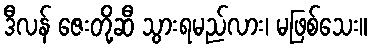
ဒီလန် ဇေးတို့ဆီ သွားရမည်လား၊ မဖြစ်သေး။